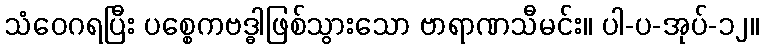
သံဝေဂရပြီး ပစ္စေကဗဒ္ဓါဖြစ်သွားသော ဗာရာဏသီမင်း။ ပါ-ပ-အုပ်-၁၂။